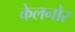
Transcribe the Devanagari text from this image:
केलनोर